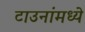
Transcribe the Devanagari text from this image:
टाउनांमध्ये